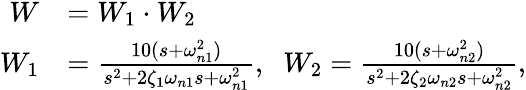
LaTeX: \begin{array}{rl}{W}&{=W_{1}\cdot W_{2}}\\ {W_{1}}&{=\frac{10(s+\omega_{n1}^{2})}{s^{2}+2\zeta_{1}\omega_{n1}s+\omega_{n1}^{2}},\; \; W_{2}=\frac{10(s+\omega_{n2}^{2})}{s^{2}+2\zeta_{2}\omega_{n2}s+\omega_{n2}^{2}},}\end{array}